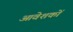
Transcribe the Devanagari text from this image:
आवेशकों